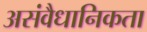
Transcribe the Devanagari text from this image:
असंवैधानिकता